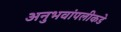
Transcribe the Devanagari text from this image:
अनुभवांपलीकडे